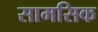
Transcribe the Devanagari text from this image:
सामसिक